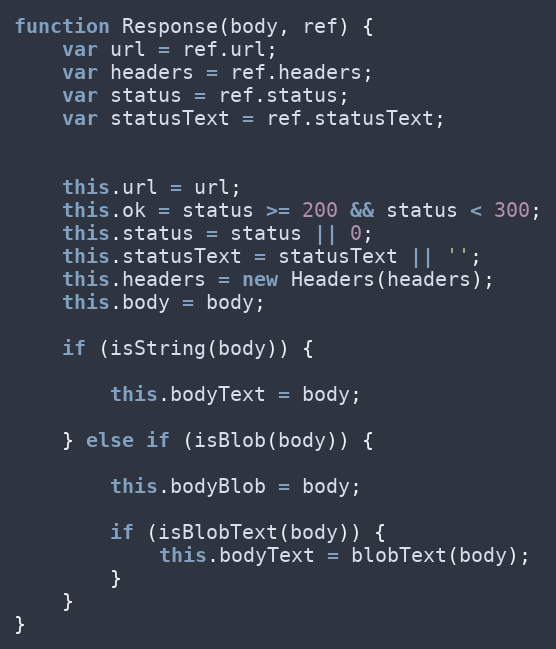
Language: JavaScript
function Response(body, ref) {
    var url = ref.url;
    var headers = ref.headers;
    var status = ref.status;
    var statusText = ref.statusText;

    this.url = url;
    this.ok = status >= 200 && status < 300;
    this.status = status || 0;
    this.statusText = statusText || '';
    this.headers = new Headers(headers);
    this.body = body;

    if (isString(body)) {

        this.bodyText = body;

    } else if (isBlob(body)) {

        this.bodyBlob = body;

        if (isBlobText(body)) {
            this.bodyText = blobText(body);
        }
    }
}